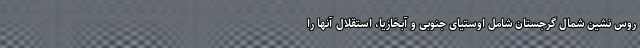
روس نشین شمال گرجستان شامل اوستیای جنوبی و آبخازیا، استقلال آنها را